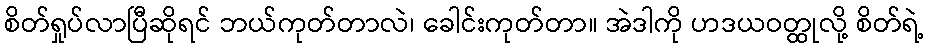
စိတ်ရှုပ်လာပြီဆိုရင် ဘယ်ကုတ်တာလဲ၊ ခေါင်းကုတ်တာ။ အဲဒါကို ဟဒယဝတ္ထုလို့ စိတ်ရဲ့